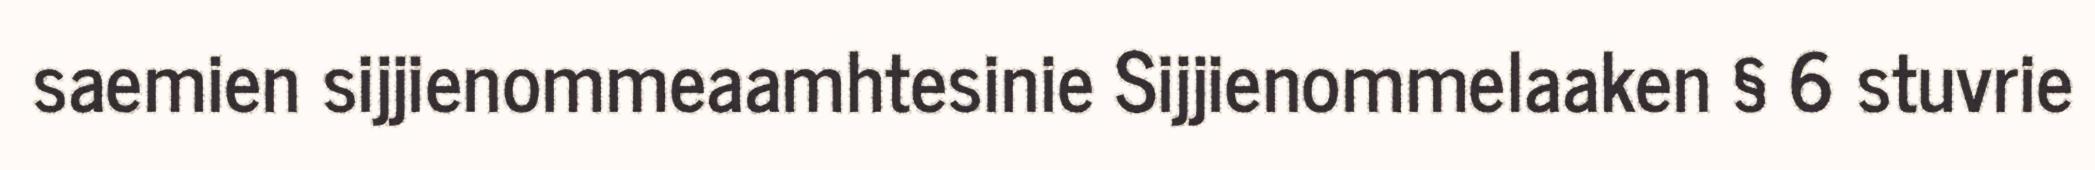
saemien sijjienommeaamhtesinie Sijjienommelaaken § 6 stuvrie